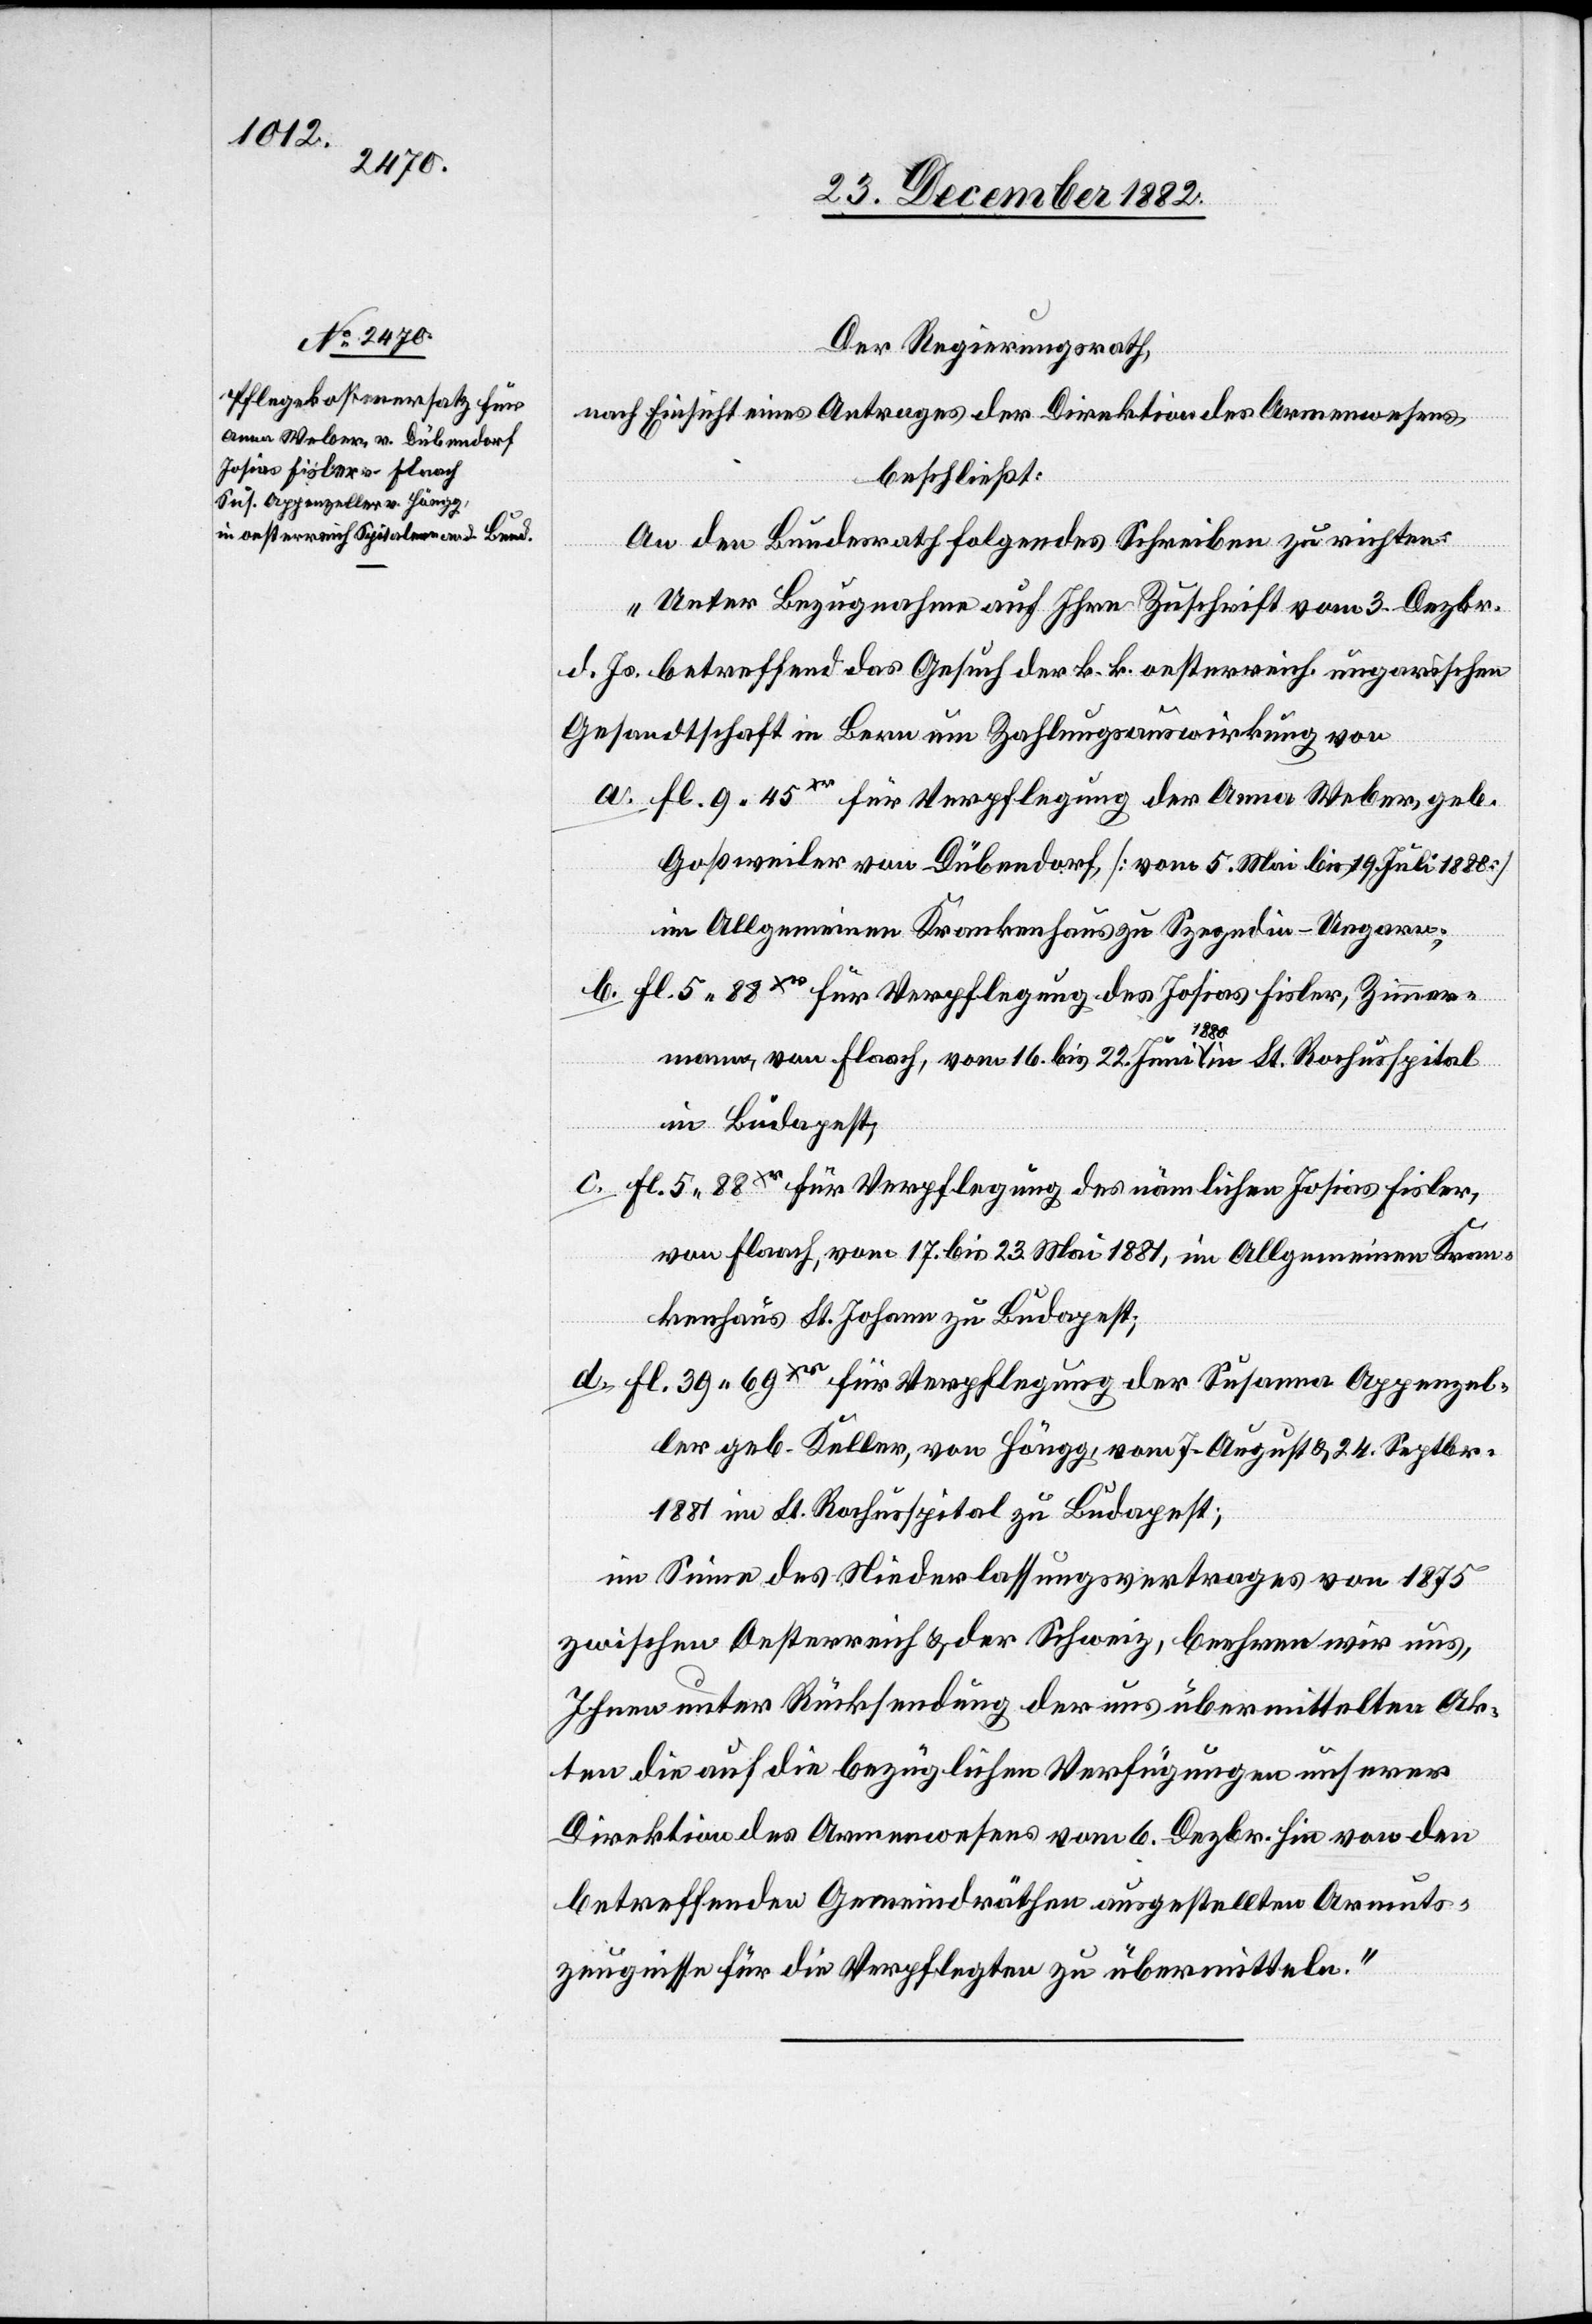
Der Regierungsrath,
nach Einsicht eines Antrages der Direktion des Armenwesens,
beschließt:
An den Bundesrath folgendes Schreiben zu richten:
„Unter Bezugnahme auf Ihre Zuschrift vom 3. Dezbr.
d. Js. betreffend das Gesuch der k. k. oesterreich. ungarischen
Gesandtschaft in Bern um Zahlungsauswirkung von
a. Fl. 9 45xr für Verpflegung der Anna Weber, geb.
Goßweiler von Dübendorf, [vom 5. Mai bis 19. Juli 1888]
im Allgemeinen Krankenhause zu Szegedin - Ungarn;
b. Fl. 5 88xr für Verpflegung des Josias Fisler, Zimmer¬
mann, von Flaach, vom 16. bis 22. Juni 1880 in St. Rochusspital
in Budapest;
c. Fl. 5 88xr für Verpflegung des nämlichen Josias Fisler,
von Flaach, vom 17. bis 23. Mai 1881, im Allgemeinen Kran¬
kenhaus St. Johann zu Budapest;
d. Fl. 39 69xr für Verpflegung der Susanna Appenzel¬
ler geb. Keller, von Höngg, vom 7. August & 24. Septbr.
1881 im St. Rochusspital zu Budapest;
im Sinne des Niederlassungsvertrages von 1875
zwischen Oesterreich & der Schweiz, beehren wir uns,
Ihnen unter Rücksendung der uns übermittelten Ak¬
ten die auf die bezüglichen Verfügungen unserer
Direktion des Armenwesens vom 6. Dezbr. hin von den
betreffenden Gemeindräthen ausgestellten Armuts¬
zeugnisse für die Verpflegten zu übermitteln.“